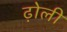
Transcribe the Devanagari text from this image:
ढ़ोली